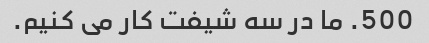
500. ما در سه شیفت کار می کنیم.